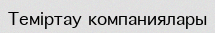
Теміртау компаниялары